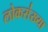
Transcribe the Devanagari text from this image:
लोकस॑ख्या